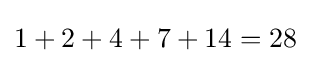
1+2+4+7+14=28